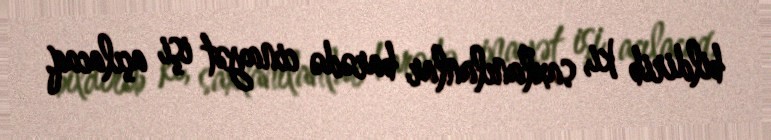
bildirib ki, saxlanılanlar barədə cinayət işi açılacaq.